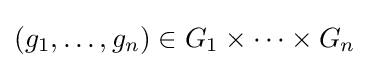
(g_{1},\ldots ,g_{n})\in G_{1}\times \cdots \times G_{n}